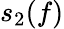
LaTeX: s_{2}(f)